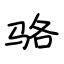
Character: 骆